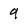
Character: 9